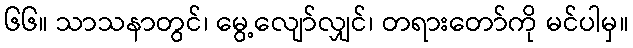
၆၆။ သာသနာတွင်၊ မွေ့လျော်လျှင်၊ တရားတော်ကို မင်ပါမှ။